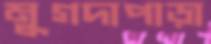
মুগদাপাড়া